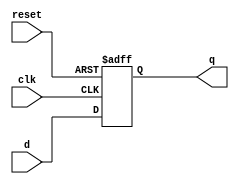
module d_flip_flop (
    input wire clk,      // Clock input
    input wire reset,    // Asynchronous reset input
    input wire d,        // Data input
    output reg q         // Data output
);

// Sequential logic block triggered on the rising edge of the clock
always @ (posedge clk or posedge reset) begin
    if (reset) begin
        // Reset the output to 0 when reset is high
        q <= 1'b0;
    end else begin
        // Update the output with the data input on the rising edge of the clock
        q <= d;
    end
end

endmodule